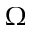
\Omega